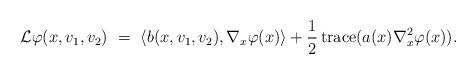
LaTeX: \begin{align*}{\mathcal L} \varphi (x, v_1, v_2) \ = \ \langle b(x, v_1, v_2), \nabla_x \varphi(x) \rangle + \frac{1}{2} \,{\rm trace}(a(x) \nabla^2_x \varphi(x)) .\end{align*}